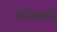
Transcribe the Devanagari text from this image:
कोयबल